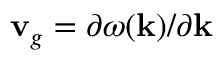
{ \bf v } _ { g } = \partial \omega ( { \bf k } ) / \partial { \bf k }